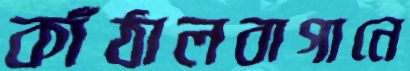
কাঁঠালবাগানে